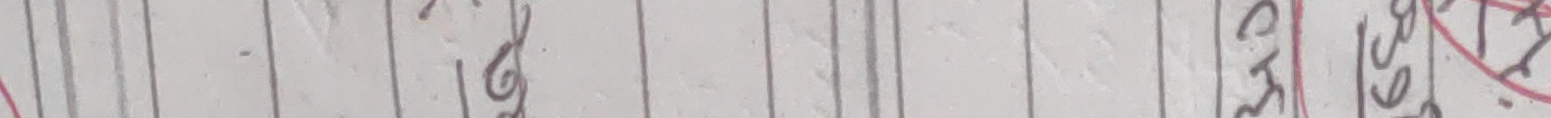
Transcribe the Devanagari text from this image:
६९.२